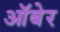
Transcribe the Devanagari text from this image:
ऑबेर